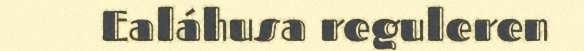
Ealáhusa reguleren